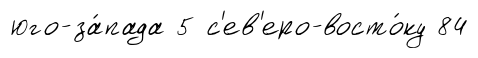
юго-за́пада 5 с'ев'еро-восто́ку 84